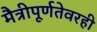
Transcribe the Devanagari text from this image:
मैत्रीपूर्णतेवरही